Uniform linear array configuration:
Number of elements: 8
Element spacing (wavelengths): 0.75
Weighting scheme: kaiser
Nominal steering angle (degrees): -30
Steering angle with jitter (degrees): -31.289
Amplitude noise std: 0.05
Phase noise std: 0.05

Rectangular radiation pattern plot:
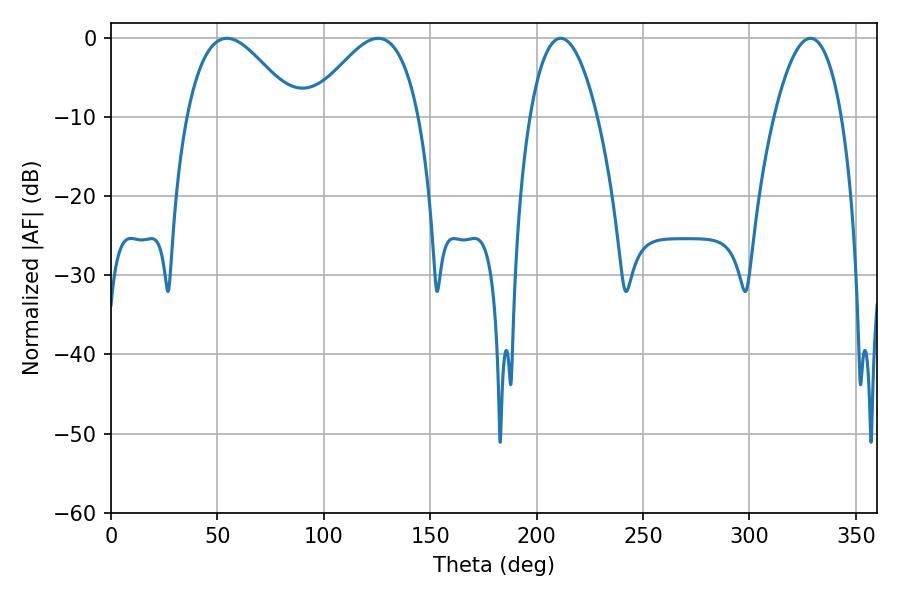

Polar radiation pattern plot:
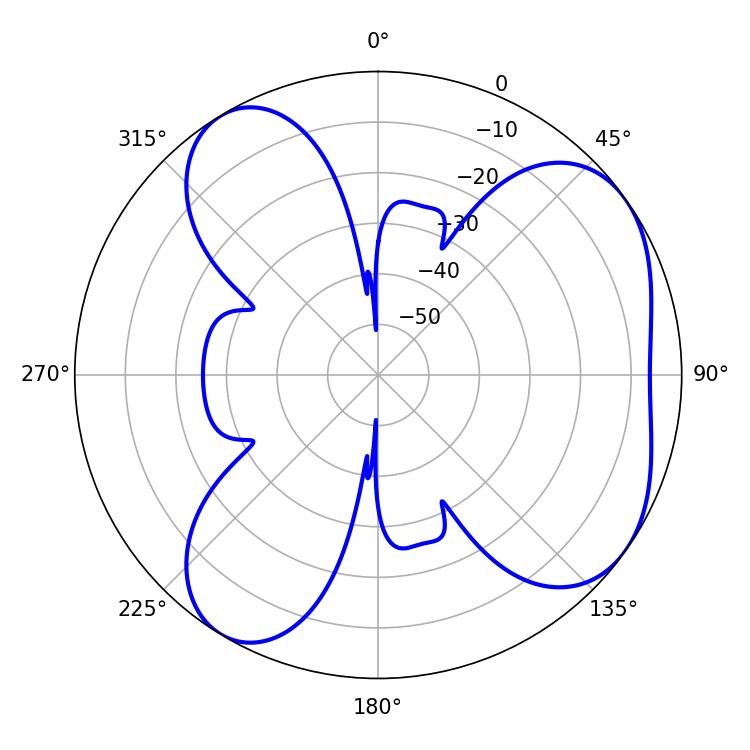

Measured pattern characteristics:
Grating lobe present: TRUE
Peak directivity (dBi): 5.569
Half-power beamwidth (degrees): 17.46
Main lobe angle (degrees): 211.32